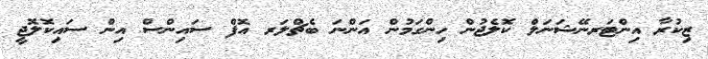
ޒިކުރާ އިންޓަރނޭޝަނަލް ކޮލެޖުން ހިންގަމުން އަންނަ ބެޗްލަރ އޮފް ސައިންސް އިން ސައިކޮލޮޖީ